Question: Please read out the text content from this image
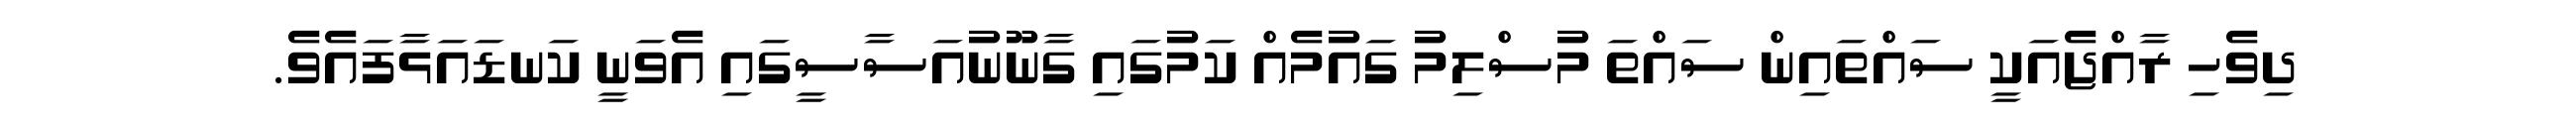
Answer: ދިވެހި ރާއްޖެއަކީ ސައްތައިން ސައްތަ މުސްލިމު ގައުމެއް ކަމުގައި ގާނޫނުއަސާސީގައި އެވަނީ ކަނޑައަޅާފައެވެ.